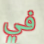
في